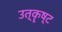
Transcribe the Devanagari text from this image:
उत्कॄष्ट